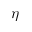
\eta